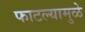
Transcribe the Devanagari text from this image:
फाटल्यामुळे